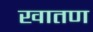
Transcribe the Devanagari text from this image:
खातण